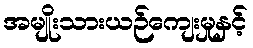
အမျိုးသားယဉ်ကျေးမှုနှင့်